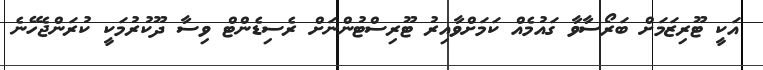
އަކީ ޓޫރިޒަމަށް ބަރޯސާވާ ގައުމެއް ކަމަށްވާއިރު ޓޫރިސްޓުންނަށް ރެސިޑެންޓް ވިސާ ދޫކުރުމަކީ ކުރަންޖެހޭނެ